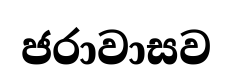
ජරාවාසව